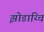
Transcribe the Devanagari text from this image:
झोडाय्चि